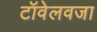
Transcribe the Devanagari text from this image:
टॉवेलवजा